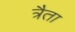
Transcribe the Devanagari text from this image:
त्रैता